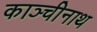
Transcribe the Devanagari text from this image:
काञ्चीनाथ